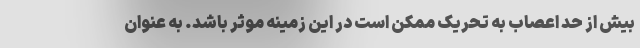
بیش از حد اعصاب به تحریک ممکن است در این زمینه موثر باشد. به عنوان